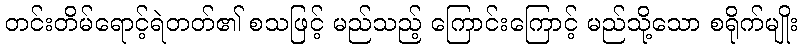
တင်းတိမ်ရောင့်ရဲတတ်၏ စသဖြင့် မည်သည့် ကြောင်းကြောင့် မည်သို့သော စရိုက်မျိုး